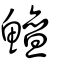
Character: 鱣